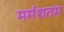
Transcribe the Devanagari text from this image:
मर्मशतम